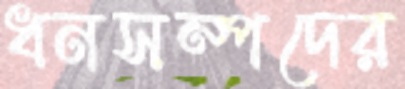
ধনসম্পদের